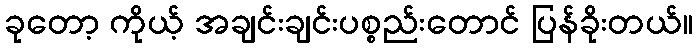
ခုတော့ ကိုယ့် အချင်းချင်းပစ္စည်းတောင် ပြန်ခိုးတယ်။